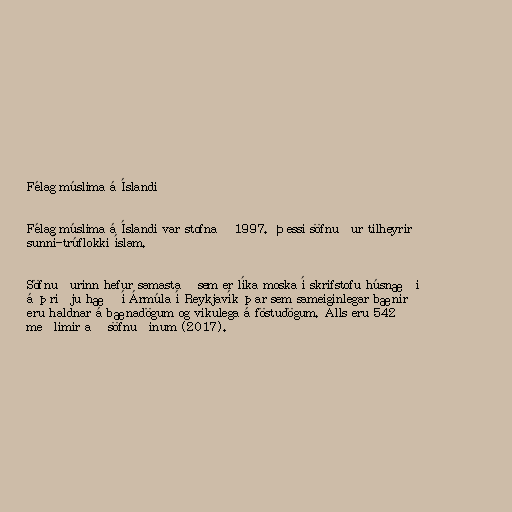
Félag múslima á Íslandi

Félag múslima á Íslandi var stofnað 1997. Þessi söfnuður tilheyrir
sunní-trúflokki íslam.

Söfnuðurinn hefur samastað sem er líka moska í skrifstofu húsnæði
á þriðju hæð í Ármúla í Reykjavík þar sem sameiginlegar bænir
eru haldnar á bænadögum og vikulega á föstudögum. Alls eru 542
meðlimir að söfnuðinum (2017).